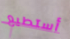
أستطيع